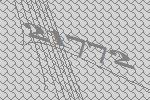
21772